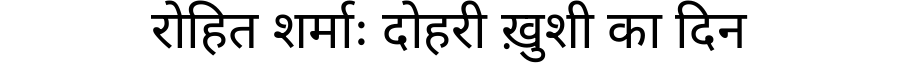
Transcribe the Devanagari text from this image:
रोहित शर्माः दोहरी ख़ुशी का दिन